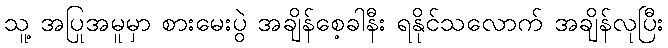
သူ့ အပြုအမူမှာ စားမေးပွဲ အချိန်စေ့ခါနီး ရနိုင်သလောက် အချိန်လုပြီး